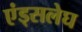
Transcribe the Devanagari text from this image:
एंड्सलेघ